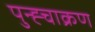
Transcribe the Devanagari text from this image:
पुन्ह्चाक्रण